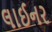
લાઈનર